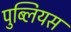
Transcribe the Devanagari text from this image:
पुब्लियस